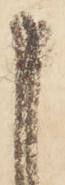
申